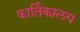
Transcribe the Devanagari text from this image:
कार्तिकालय